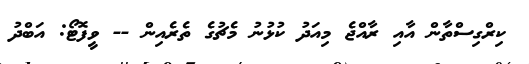
ކިރްގިސްތާން އާއި ރާއްޖެ މިއަދު ކުޅުނު މެޗުގެ ތެރެއިން -- ވީފޮޓޯ: އަބްދު